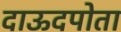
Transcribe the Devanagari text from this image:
दाऊदपोता